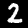
Digit: 2